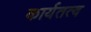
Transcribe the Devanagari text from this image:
कार्यतत्व